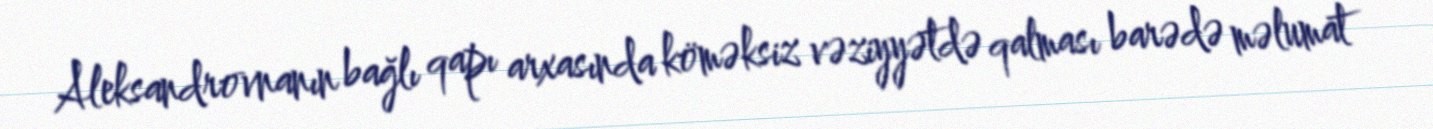
Aleksandrovnanın bağlı qapı arxasında köməksiz vəziyyətdə qalması barədə məlumat